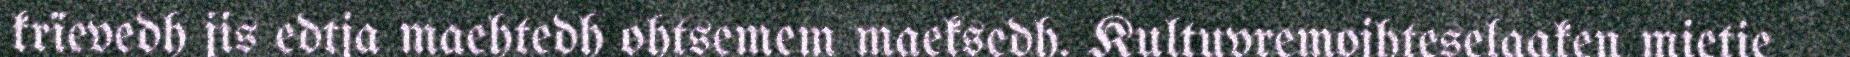
krïevedh jis edtja maehtedh ohtsemem maeksedh. Kultuvremojhteselaaken mietie